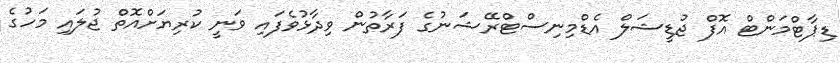
ޑިޕާޓްމަންޓް އޮފް ޖުޑީޝަލް އެޑްމިނިސްޓްރޭޝަނުގެ ފަރާތުން ވިދާޅުވެފައި ވަނީ ކުރިޔަށްއޮތް ޖުލައި މަހުގެ